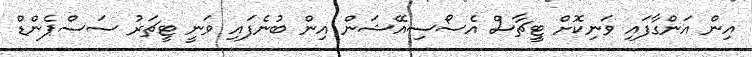
އިން އަންގާފައި ވަނިކޮށް ޓީޗާސް އެސޯސިއޭޝަން އިން ބުނެފައި ވަނީ ޓީޗަރު ސަސްޕެންޑް